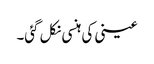
عینی کی ہنسی نکل گئی۔